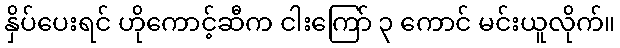
နှိပ်ပေးရင် ဟိုကောင့်ဆီက ငါးကြော် ၃ ကောင် မင်းယူလိုက်။